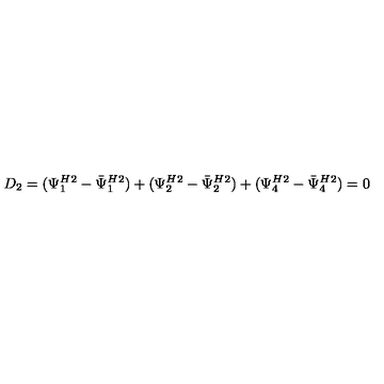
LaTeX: D _ { 2 } = ( { \Psi _ { 1 } ^ { H } } { } ^ { 2 } - { \bar { \Psi } _ { 1 } ^ { H } } { } ^ { 2 } ) + ( { \Psi _ { 2 } ^ { H } } { } ^ { 2 } - { \bar { \Psi } _ { 2 } ^ { H } } { } ^ { 2 } ) + ( { \Psi _ { 4 } ^ { H } } { } ^ { 2 } - { \bar { \Psi } _ { 4 } ^ { H } } { } ^ { 2 } ) = 0